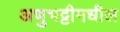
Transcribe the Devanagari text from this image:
अणुभट्टीमधील